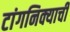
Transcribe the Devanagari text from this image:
टांगनिक्याची